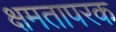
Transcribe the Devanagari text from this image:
क्षमतापरक